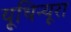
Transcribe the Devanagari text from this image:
यूथिन्यूरा